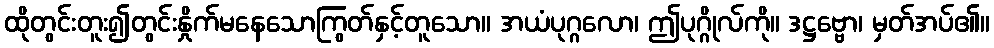
ထိုတွင်းတူး၍တွင်းနှိုက်မနေသောကြွတ်နှင့်တူသော။ အယံပုဂ္ဂလော၊ ဤပုဂ္ဂိုလ်ကို။ ဒဋ္ဌဗ္ဗော၊ မှတ်အပ်၏။